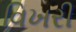
વિખરી